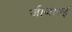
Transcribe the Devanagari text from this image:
जीजाबई